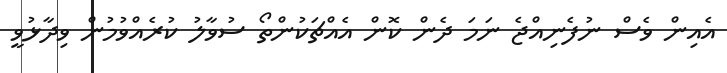
އެއިން ވެސް ނުފެނިއްޖެ ނަމަ ދެން ކޮން އެއްޗަކުންތޯ ސުވާލު ކުރެއްވުމުން ވިދާޅުވީ